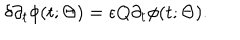
\delta \partial _ { t } \phi ( t ; \Theta ) = \epsilon Q \partial _ { t } \phi ( t ; \Theta ) .